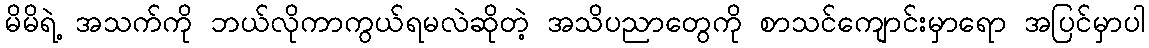
မိမိရဲ့ အသက်ကို ဘယ်လိုကာကွယ်ရမလဲဆိုတဲ့ အသိပညာတွေကို စာသင်ကျောင်းမှာရော အပြင်မှာပါ